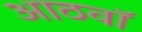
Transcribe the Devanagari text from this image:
आठवाॅ